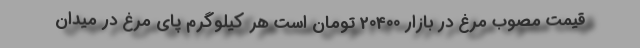
قیمت مصوب مرغ در بازار 20400 تومان است هر کیلوگرم پای مرغ در میدان